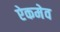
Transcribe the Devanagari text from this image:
ऐकमेव